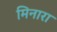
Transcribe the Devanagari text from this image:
मिनारा